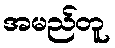
အမည်တူ